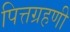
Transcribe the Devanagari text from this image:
पित्तग्रहणी